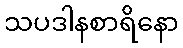
သပဒါနစာရိနော